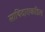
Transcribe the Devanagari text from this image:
साथिदाराकडिल